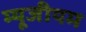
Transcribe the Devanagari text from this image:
म्यूजीयम